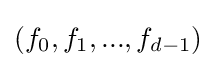
(f_{0},f_{1},...,f_{d-1})